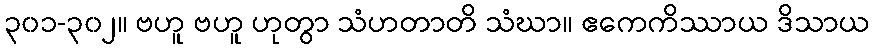
၃၀၁-၃၀၂။ ဗဟူ ဗဟူ ဟုတွာ သံဟတာတိ သံဃာ။ ဧကေကိဿာယ ဒိသာယ